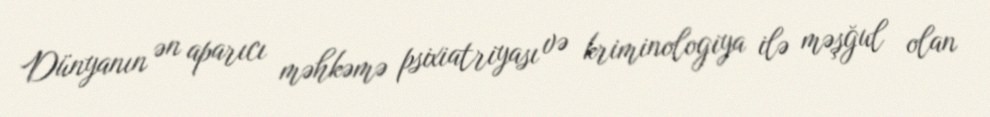
Dünyanın ən aparıcı məhkəmə psixiatriyası və kriminologiya ilə məşğul olan